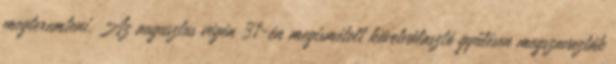
megteremteni. Az augusztus végén 31-én megismételt követválasztó gyűlésen megszavazták